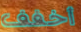
أخفف